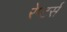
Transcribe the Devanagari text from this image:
रेप्‍टर्स